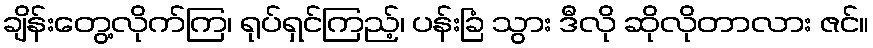
ချိန်းတွေ့လိုက်ကြ၊ ရုပ်ရှင်ကြည့်၊ ပန်းခြံ သွား ဒီလို ဆိုလိုတာလား ဇင်။